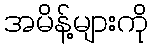
အမိန့်များကို